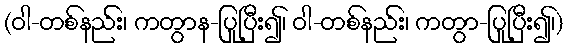
(ဝါ-တစ်နည်း၊ ကတွာန-ပြုပြီး၍၊ ဝါ-တစ်နည်း၊ ကတွာ-ပြုပြီး၍၊)